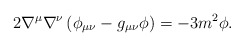
\begin{align*} 2\nabla^\mu\nabla^\nu \left( \phi_{\mu\nu} - g_{\mu\nu}\phi \right) = -3 m^2 \phi.\end{align*}